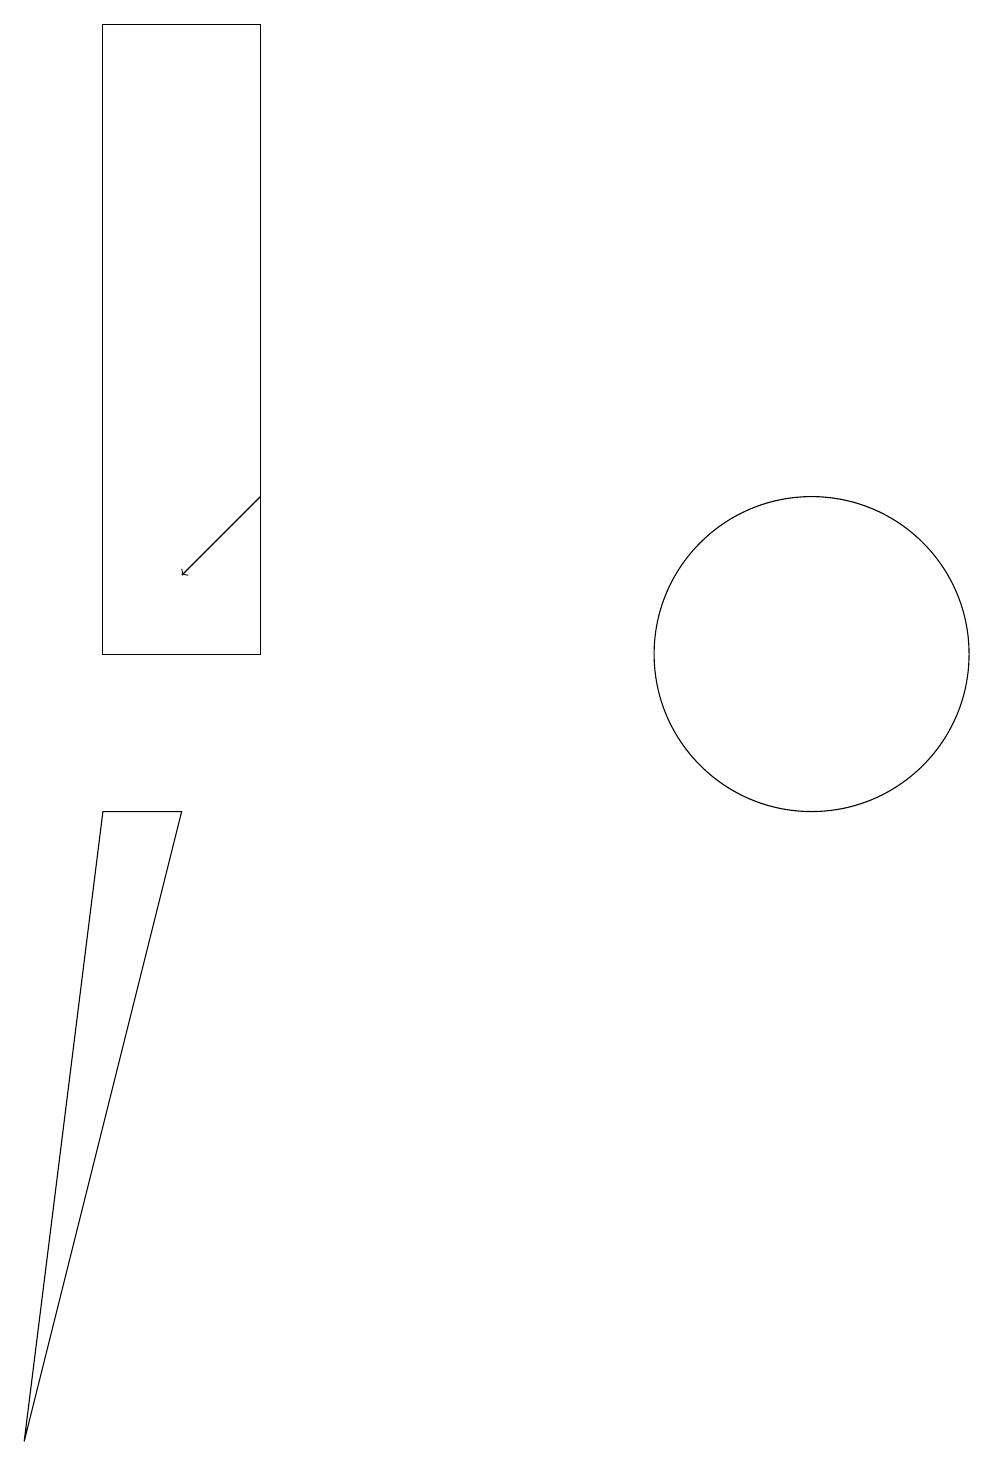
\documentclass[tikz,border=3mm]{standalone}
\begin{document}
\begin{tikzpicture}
\draw (3,10) rectangle (5,18);
\draw (12,10) circle (2);
\draw (3,8) -- (2,0) -- (4,8) -- cycle;
\draw[->] (5,12) -- (4,11);
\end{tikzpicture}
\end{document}